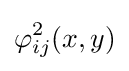
\varphi _{ij}^{2}(x,y)